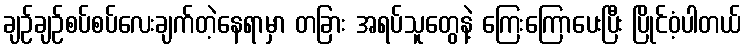
ချဉ်ချဉ်စပ်စပ်လေးချက်တဲ့နေရာမှာ တခြား အရပ်သူတွေနဲ့ ကြေးကြောပေးပြီး ပြိုင်ဝံ့ပါတယ်